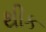
થીક